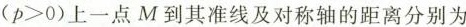
$$( p > 0 )$$ 上一点 M 到其准线及对称轴的距离分别为